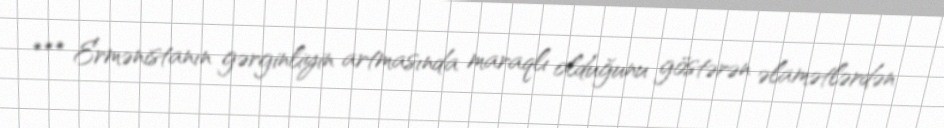
*** Ermənistanın gərginliyin artmasında maraqlı olduğunu göstərən əlamətlərdən